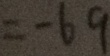
= - 6 9